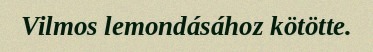
Vilmos lemondásához kötötte.